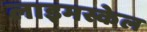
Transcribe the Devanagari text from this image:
लाइमस्केल